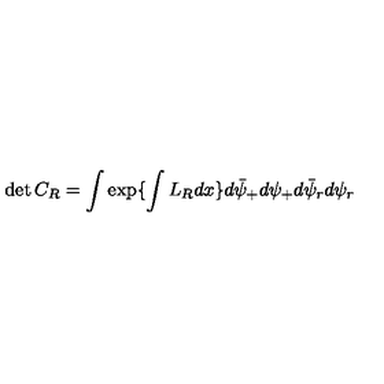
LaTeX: \det { C } _ { R } = \int \exp \{ \int L _ { R } d x \} d \bar { \psi } _ { + } d \psi _ { + } d \bar { \psi } _ { r } d \psi _ { r }